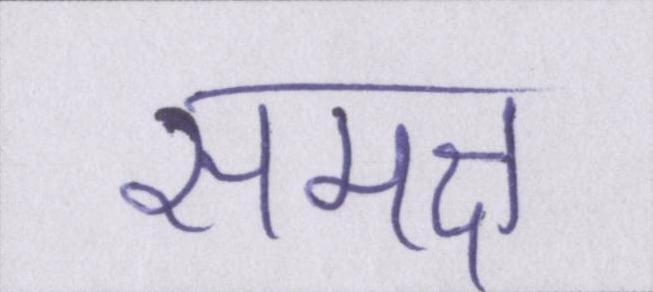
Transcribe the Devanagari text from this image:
समक्ष